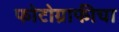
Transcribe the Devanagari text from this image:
फोटोग्राफीचा